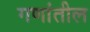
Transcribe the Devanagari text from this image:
गणांतील